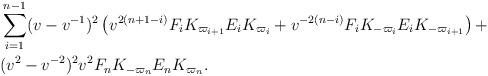
LaTeX: \begin{align*} & \sum_{i=1}^{n-1} (v-v^{-1})^2\left(v^{2(n+1-i)}F_iK_{\varpi_{i+1}}E_iK_{\varpi_i}+ v^{-2(n-i)}F_iK_{-\varpi_i}E_iK_{-\varpi_{i+1}}\right)+\\ & (v^2-v^{-2})^2v^2F_nK_{-\varpi_n}E_nK_{\varpi_n}.\end{align*}